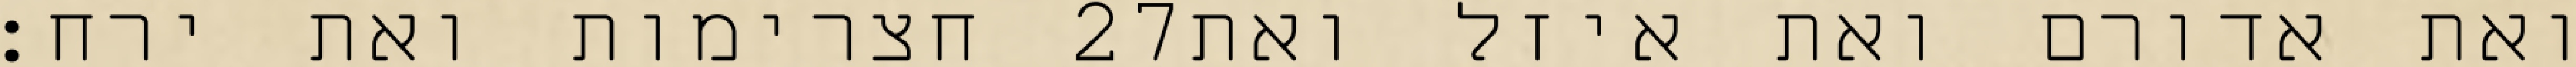
חצרימות ואת ירח׃ ‎27‏ ואת אדורם ואת איזל ואת